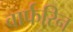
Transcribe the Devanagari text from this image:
वार्फरिन